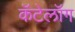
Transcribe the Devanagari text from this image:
कॅटेलॉग